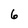
Character: 6